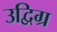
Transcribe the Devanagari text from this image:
उद्विग्र